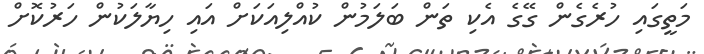
މަތީގައި ހުރެގެން ގޭގެ އެކި ތަން ބަލަމުން ކުއްލިއަކަށް އައި ހިޔާލަކުން ހަރުކޮށް